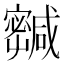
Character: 𡫹